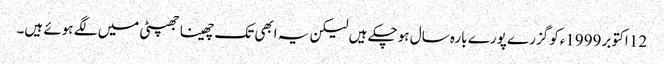
12 اکتوبر 1999ءکو گزرے پورے بارہ سال ہو چکے ہیں لیکن یہ ابھی تک چھینا جھپٹی میں لگے ہوئے ہیں۔